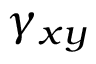
\gamma _ { x y }